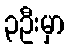
၃ဦးမှာ